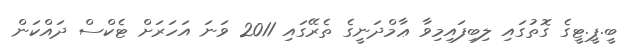
ބީ.ޕީ.ޓީގެ ގޮތުގައި ލިބިފައިމިވާ ޢާމްދަނީގެ ތެރޭގައި 2011 ވަނަ އަހަރަށް ޓެކްސް ދައްކަން